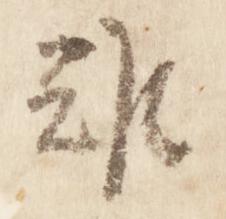
難